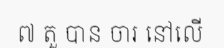
៧ តួ បាន ចារ នៅលើ